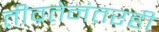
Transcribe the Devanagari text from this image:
तीव्रतेनंतरही